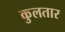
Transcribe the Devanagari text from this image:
कुलतार